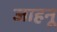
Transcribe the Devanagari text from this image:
जाहनू